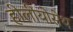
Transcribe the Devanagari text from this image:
हीलीयोसेथ